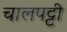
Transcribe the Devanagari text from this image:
चालपट्टी